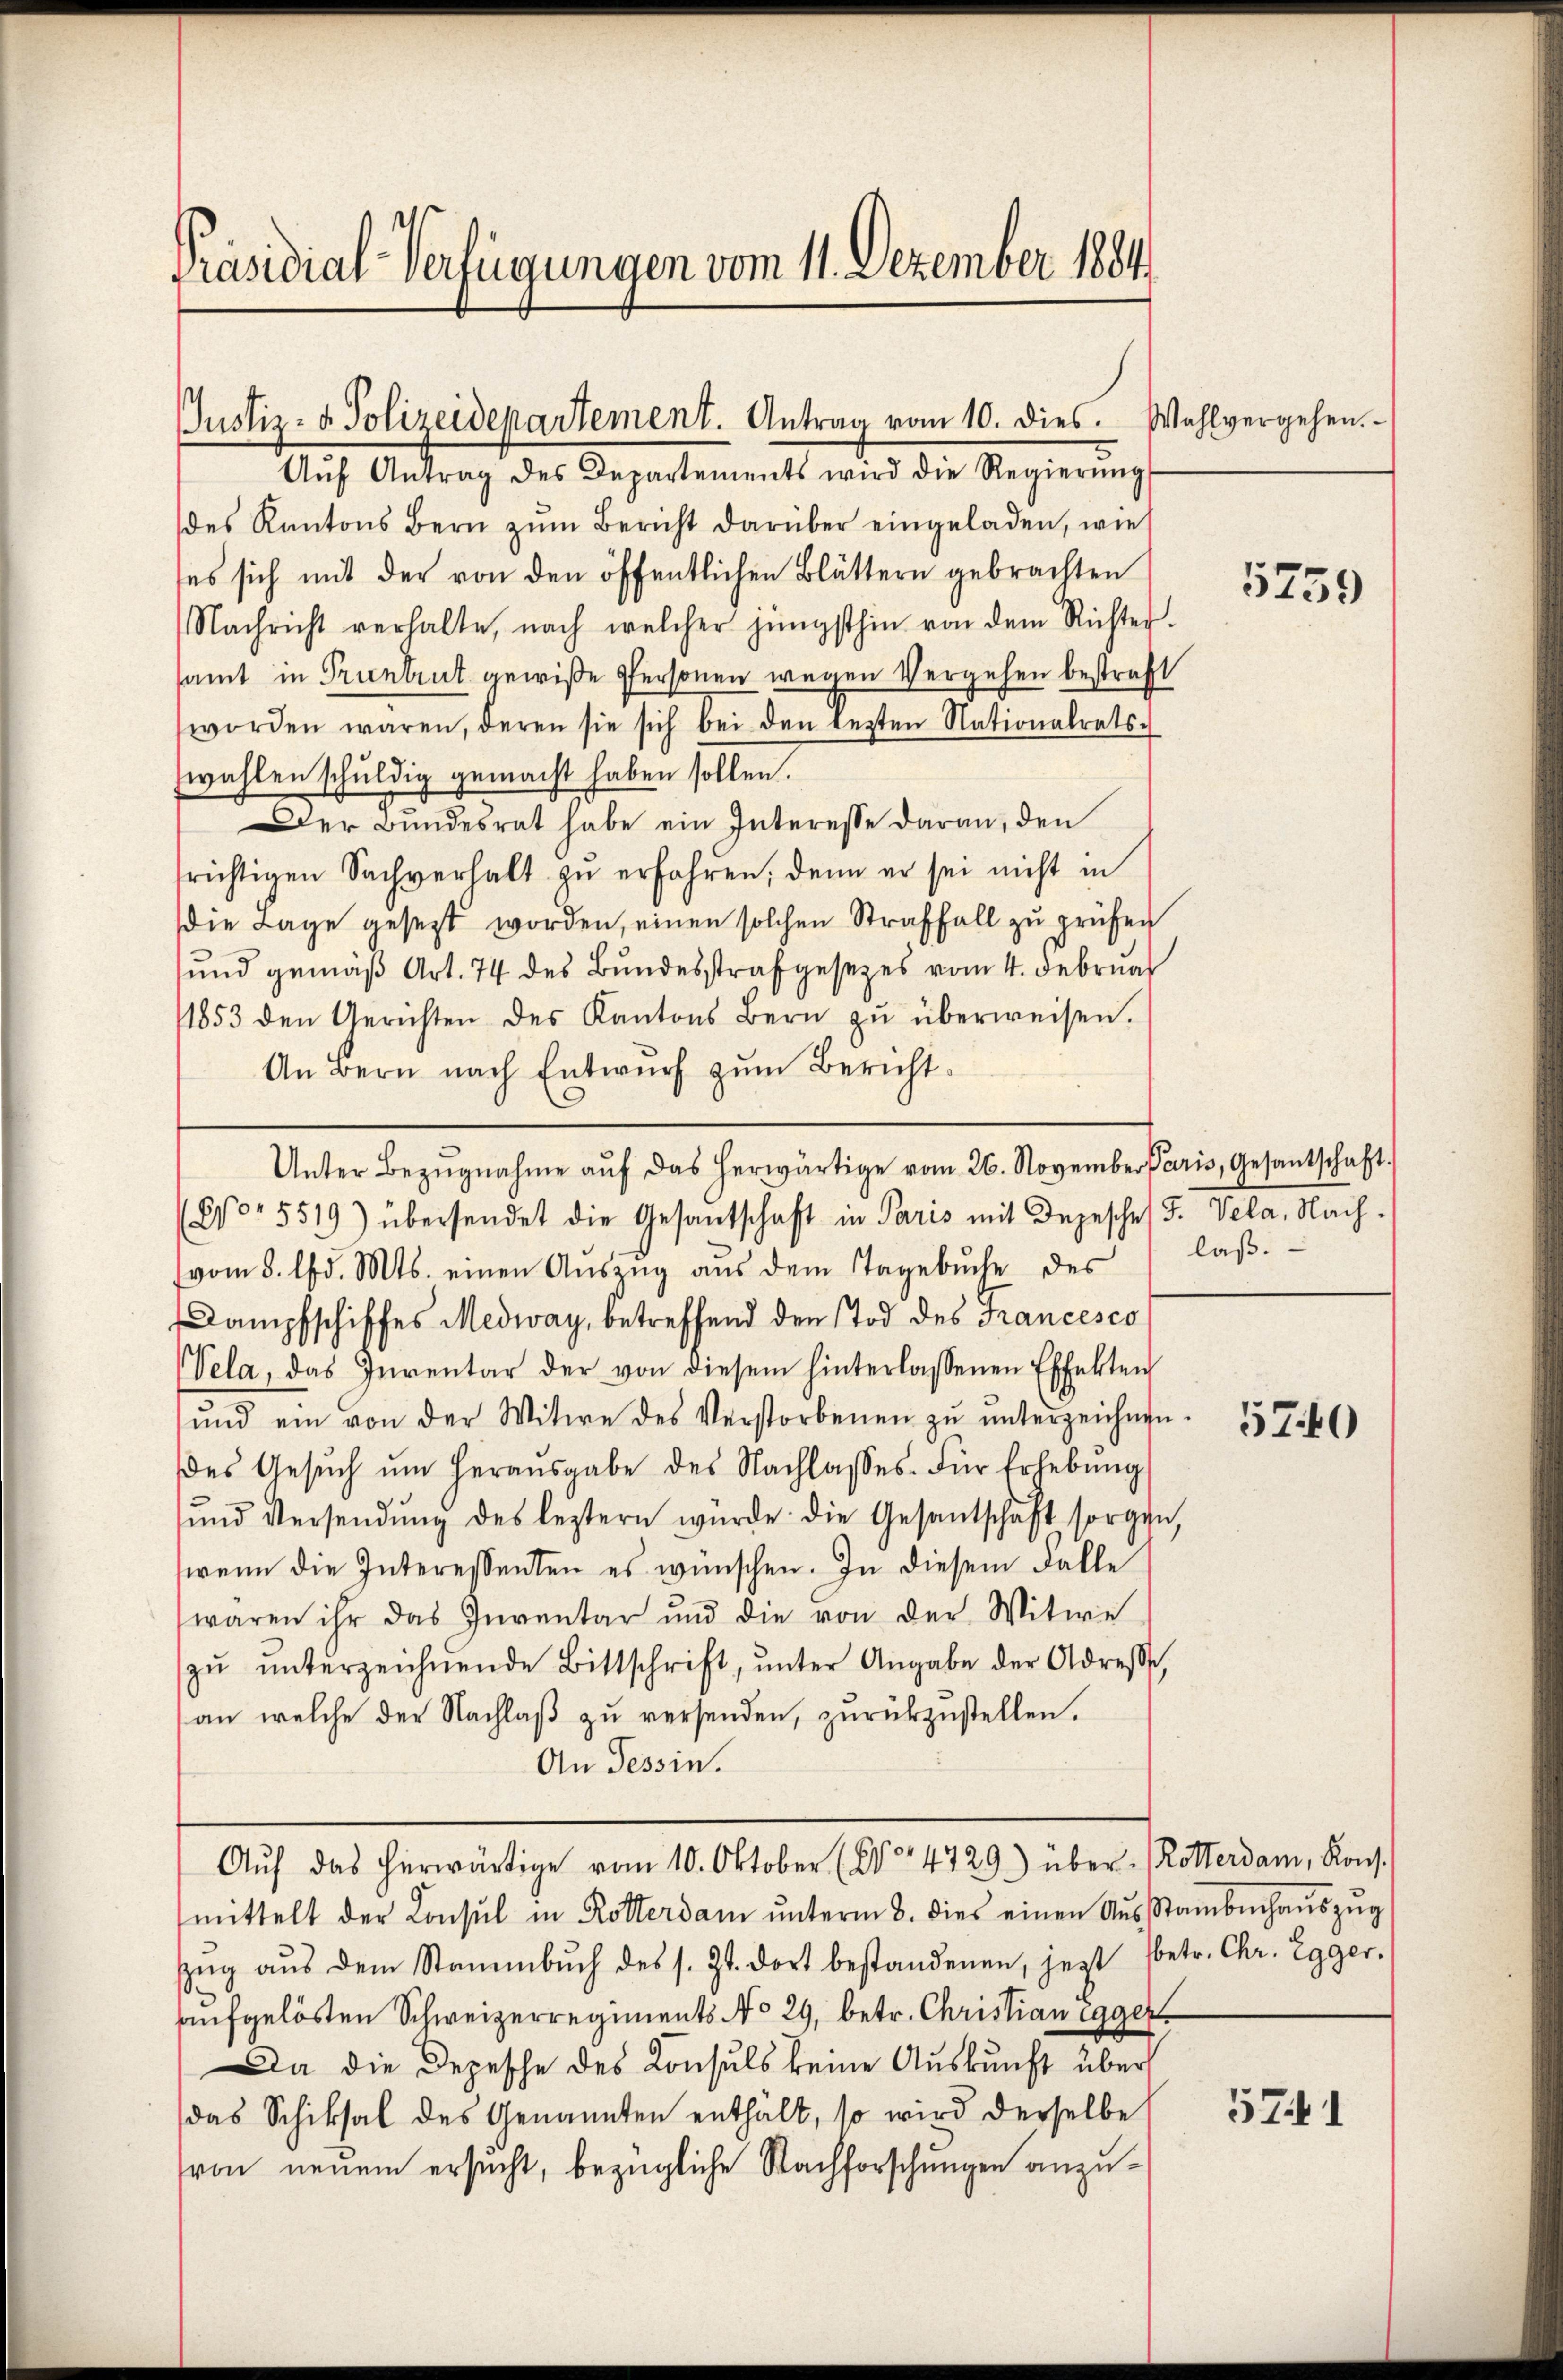
Präsidial-Verfügungen vom 11. Dezember 1884

Justiz- & Polizeidepartement. Antrag vom 10. dies. Wahlvergehen.

Aŭf Antrag des Departements wird die Regierŭng
des Kantons Bern zŭm Bericht darüber eingeladen, wie
ses sich mit der von den öffentlichen Blättern gebrachten
Nachricht verhalte, nach welcher jüngsthin von dem Richter-
samt in Pruntrut gewiße Personen wegen Vergehen bestraft
worden wären, deren sie sich bei den lezten Nationalrats-
zwahlen schuldig gemacht haben sollen.
Der Bundesrat habe ein Interesse daran, den
frichtigen Sachverhalt zŭ erfahren, denn er sei nicht in
die Lage gesezt worden, einen solchen Straffall zu prüfen
und gemäβ Art. 74 des Bŭndesstrafgesezes vom 4. Februa
11853 den Gerichten des Kantons Bern zŭ überweisen.
An Bern nach Entwurf zum Bericht.
Co 5519) übersendet die Gesantschaft in Paris mit Depesche F. Vela, Nach-
vom 5. d. Mts. einen Aŭszŭg aŭs dem Tagebŭche des laβ.
Dampfschiffes Medway, betreffend den Tod des Francesco
Vela, das Inventar der von diesem hinterlassenen Effekten
ŭnd ein von der Witwe des Verstorbenen zŭ ŭnterzeichnen
es Gesŭch ŭm Heraŭsgabe des Nachlasses. Für Erhebŭng
ŭnd Versendŭng des leztern würde die Gesantschaft sorgen,
wenn die Interessenten es wünschen. In diesem Falle
wären ihr das Inventar und die von der Witwe
zŭ ŭnterzeichnende Bittschrift, ŭnter Angabe der Adresse,
an welche der Nachlaß zu versenden, zurükzustellen.
An Tessin.
Aŭf das herwärtige vom 10. Oktober (14729) über Rotterdam, Kons.
mittelt der Konsul in Rotterdam ŭnterm 8. dies einen Aŭsstambenhaŭszŭg
Zŭg aŭs dem Stammbŭch des s. Zt. dort bestandenen, jezt (betr. Chr. Egger.
e
aufgelösten Schweizerregiments No 29, betr. Christian egger
Da die Depesche des Konsuls keine Auskunft über
das Schiksal des Genannten enthält, so wird derselbe
(von neuem ersucht, bezügliche Nachforschungen anzu¬

Unter Bezŭgnahme aŭf das herwärtige vom 26. November Paris, Gesantschaft.

5759

5740

571